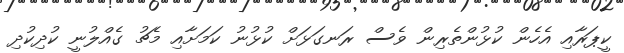
ކީޕަރާއި އެހެން ކުޅުންތެރިން ވެސް ރަނގަޅަށް ކުޅުނު ކަމަށާއި މެޗު ގެއްލުނީ ކުދިކުދި